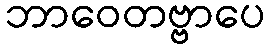
ဘာဝေတဗ္ဗာပေ